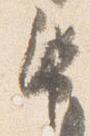
帋